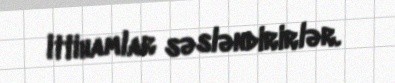
ittihamlar səsləndirirlər.